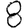
Digit: 8